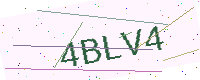
Text: 4BLV4